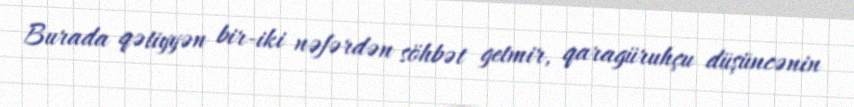
Burada qətiyyən bir-iki nəfərdən söhbət getmir, qaragüruhçu düşüncənin